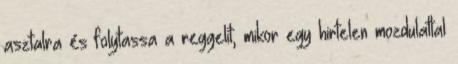
asztalra és folytassa a reggelit, mikor egy hirtelen mozdulattal